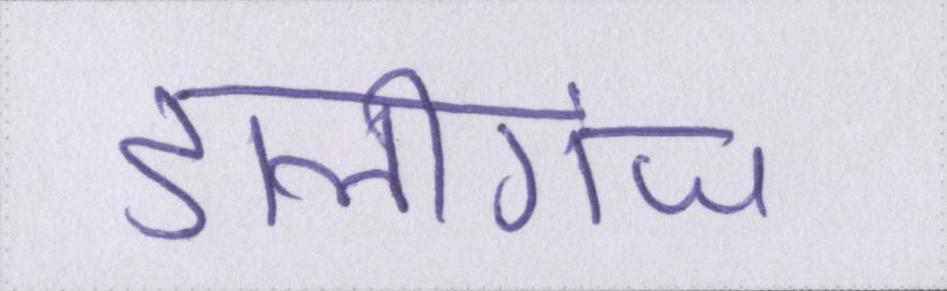
डालीगंज